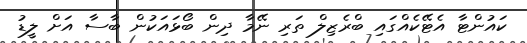
ކައުންޓާ އެޓޭކެއްގައި ބްރެޒިލް ތަރި ނޭމާ ދިން ބޯޅައަކުން ބާސާ އަށް ލީޑު